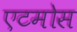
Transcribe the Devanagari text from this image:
एटमोस